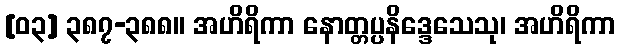
[၀၃] ၃၈၇-၃၈၈။ အဟိရိကာ နောတ္တပ္ပနိဒ္ဒေသေသု၊ အဟိရိကာ